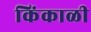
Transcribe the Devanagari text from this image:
किंकाळी